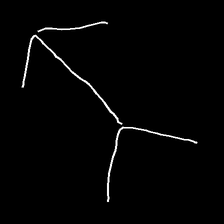
Glyph: gather